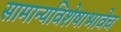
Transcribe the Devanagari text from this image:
सामान्यविशेषाभावेच